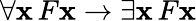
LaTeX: \forall\mathbf{x}\, F\mathbf{x}\rightarrow\exists\mathbf{x}\, F\mathbf{x}